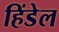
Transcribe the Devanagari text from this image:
हिंडेल